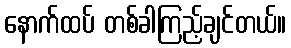
နောက်ထပ် တစ်ခါကြည့်ချင်တယ်။